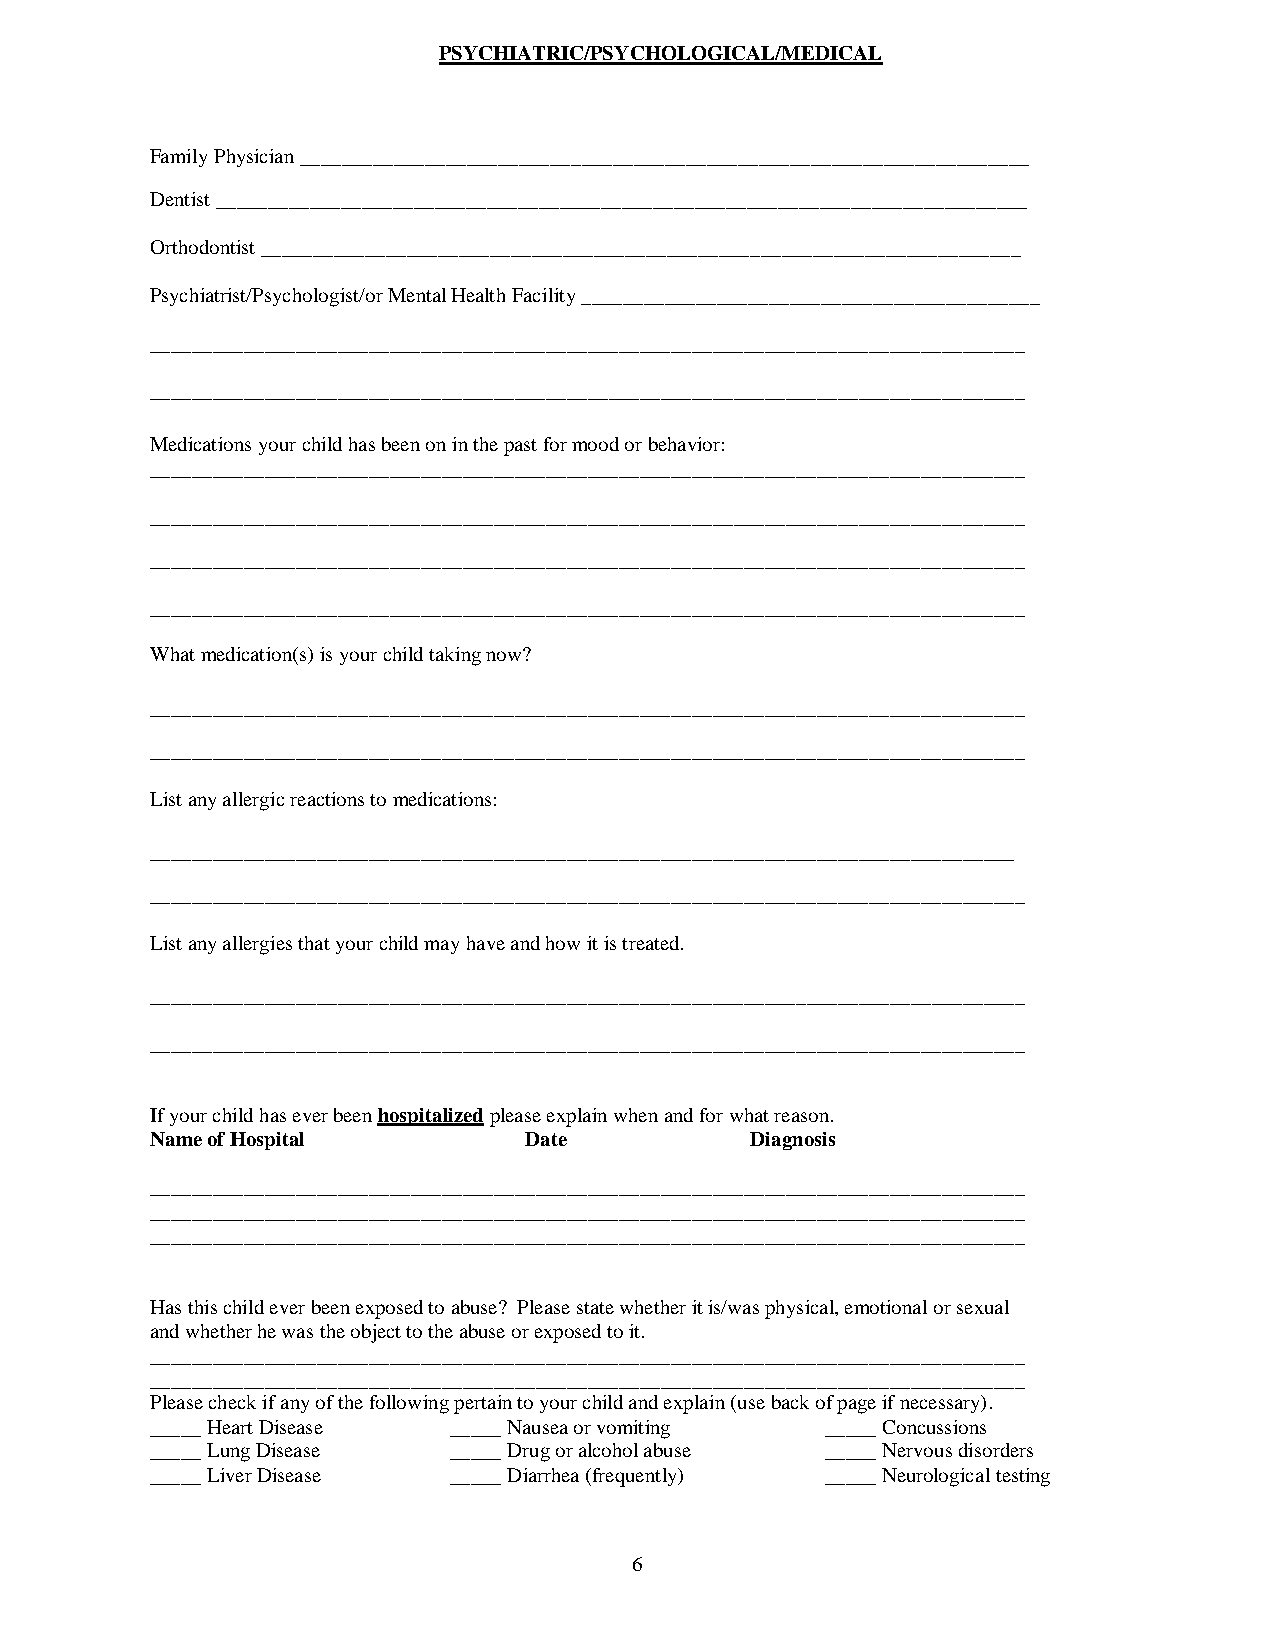
PSYCHIATRIC/PSYCHOLOGICAL/MEDICAL
 Family Physician ______________________________________________________________________
 Dentist ______________________________________________________________________________
 Orthodontist _________________________________________________________________________
 Psychiatrist/Psychologist/or Mental Health Facility ____________________________________________
 ____________________________________________________________________________________
 ____________________________________________________________________________________
 Medications your child has been on in the past for mood or behavior:
 ____________________________________________________________________________________
 ____________________________________________________________________________________
 ____________________________________________________________________________________
 ____________________________________________________________________________________
 What medication(s) is your child taking now?
 ____________________________________________________________________________________
 ____________________________________________________________________________________
 List any allergic reactions to medications:
 ___________________________________________________________________________________
 ____________________________________________________________________________________
 List any allergies that your child may have and how it is treated.
 ____________________________________________________________________________________
 ____________________________________________________________________________________
 If your child has ever been hospitalized please explain when and for what reason.
 Name of Hospital         Date           Diagnosis
 ____________________________________________________________________________________
 ____________________________________________________________________________________
 ____________________________________________________________________________________
 Has this child ever been exposed to abuse? Please state whether it is/was physical, emotional or sexual
 and whether he was the object to the abuse or exposed to it.
 ____________________________________________________________________________________
 ____________________________________________________________________________________
 Please check if any of the following pertain to your child and explain (use back of page if necessary).
 _____ Heart Disease _____ Nausea or vomiting _____ Concussions
 _____ Lung Disease  _____ Drug or alcohol abuse _____ Nervous disorders
 _____ Liver Disease _____ Diarrhea (frequently) _____ Neurological testing
 6